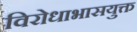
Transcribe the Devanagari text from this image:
विरोधाभासयुक्त